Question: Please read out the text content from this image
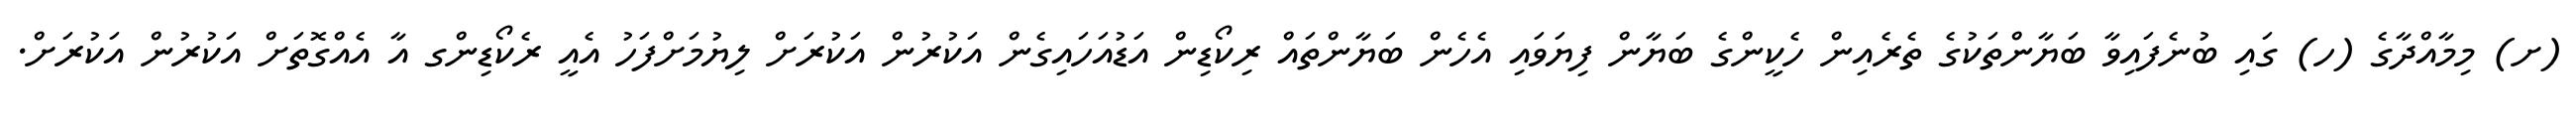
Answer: (ށ) މިމާއްދާގެ (ހ) ގައި ބުނެފައިވާ ބަޔާންތަކުގެ ތެރެއިން ހެކީންގެ ބަޔާން ފިޔަވައި އެހެން ބަޔާންތައް ރިކޯޑިން އަޑުއަހައިގެން އަކުރުން އަކުރަށް ލިޔުމަށްފަހު އެއީ ރެކޯޑިންގ އާ އެއްގޮތަށް އަކުރުން އަކުރަށް.